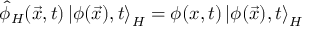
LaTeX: \hat { \phi } _ { H } ( \vec { x } , t ) \left| \phi ( \vec { x } ) , t \right> _ { H } = \phi ( x , t ) \left| \phi ( \vec { x } ) , t \right> _ { H }